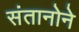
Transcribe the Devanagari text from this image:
संतानोने